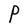
Character: P